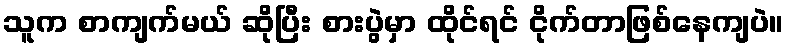
သူက စာကျက်မယ် ဆိုပြီး စားပွဲမှာ ထိုင်ရင် ငိုက်တာဖြစ်နေကျပဲ။